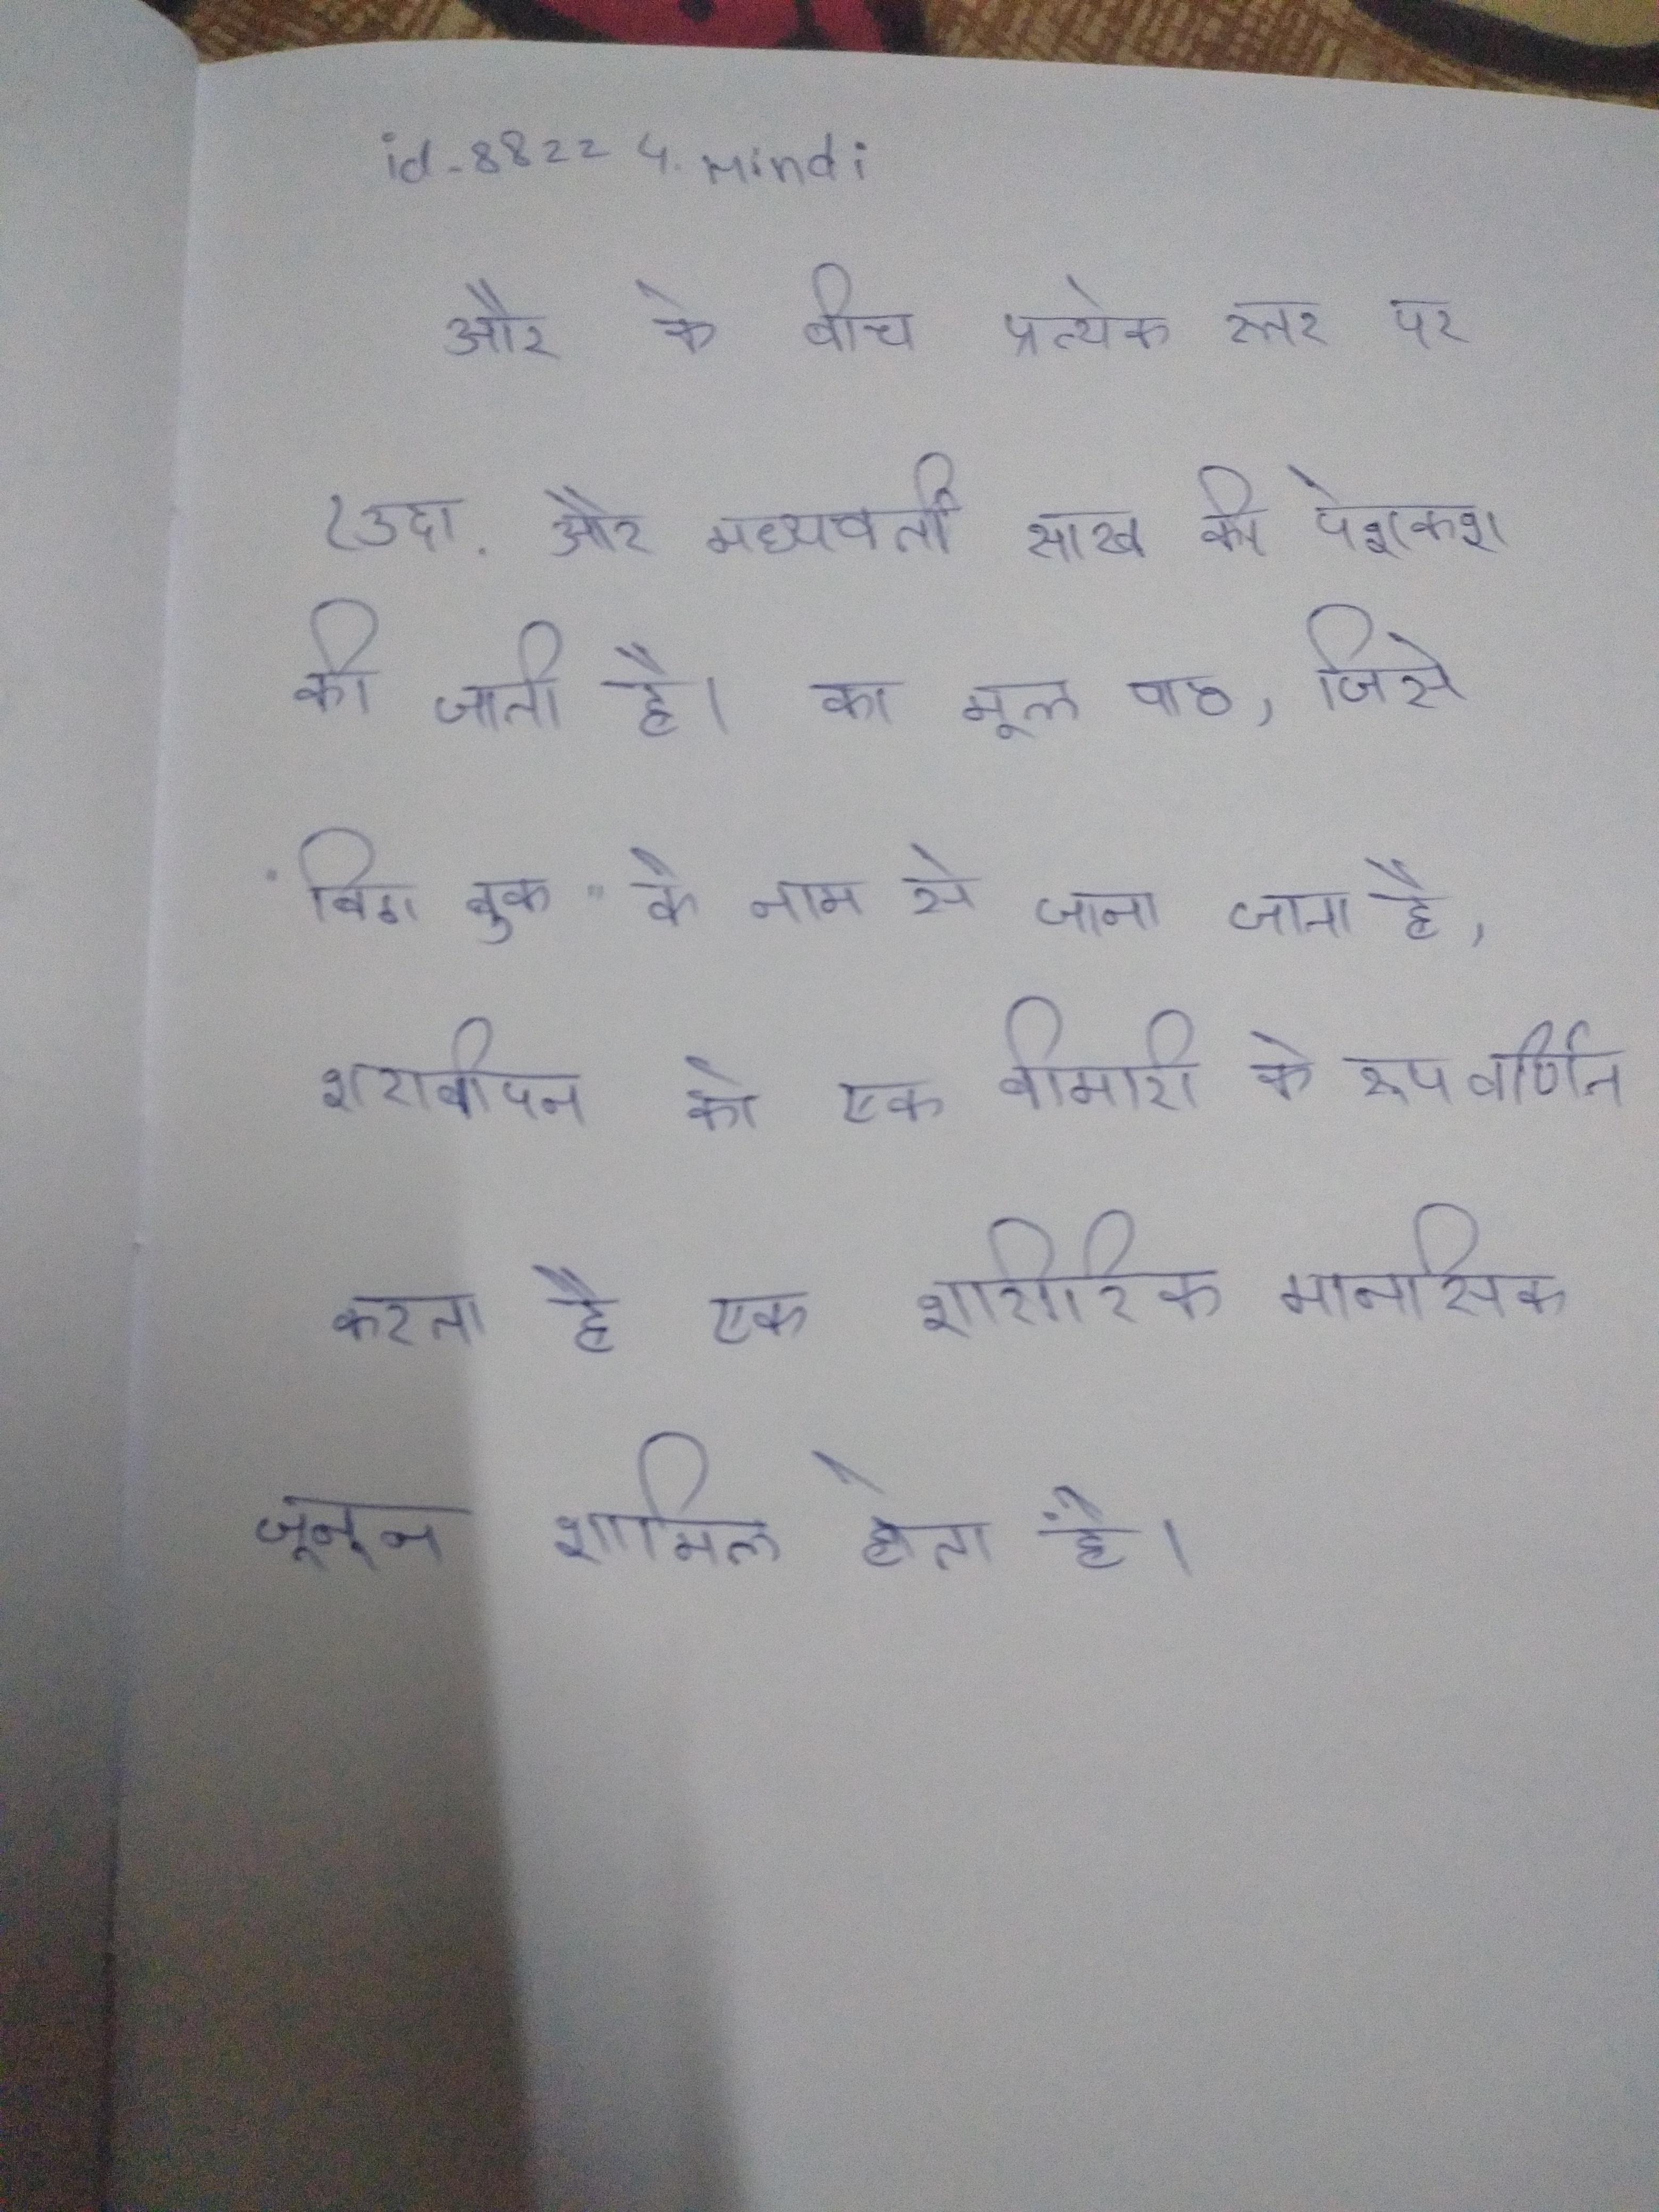
और के बीच प्रत्येक स्तर पर (उदा., और मध्यवर्ती साख की पेशकश की जाती है । का मूल पाठ, जिसे "बिग बुक" के नाम से जाना जाता है, शराबीपन को एक बीमारी के रूप वर्णित करता है एक शारीरिक एलर्जी और एक मानसिक जूनून शामिल होता है ।